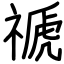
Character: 禠